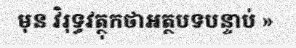
មុន វិរុទ្ធវត្ថុកថាអត្ថបទបន្ទាប់ »